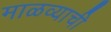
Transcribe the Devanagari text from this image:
माळव्याची